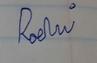
Signature authenticity: forged